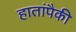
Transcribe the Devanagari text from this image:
हातांपैकी